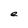
Character: e